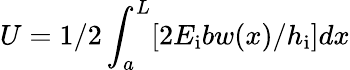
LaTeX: U=1/2\int_{a}^{L}[2E_{\mathrm{i}}bw(x)/h_{\mathrm{i}}]dx